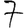
Digit: 7